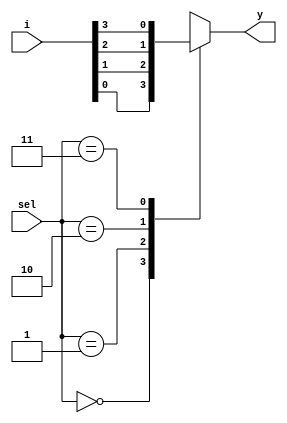
module mux41(i,sel,y);
input [3:0] i;
input [1:0] sel;
output reg y;
always@(*)
    begin
    case (sel)
    2'b00:y=i[0];
    2'b01:y=i[1];
    2'b10:y=i[2];
    2'b11:y=i[3];
    default:y=1'b0;
    endcase
    end
endmodule

module mux81(i,sel,y);
input [7:0] i;
input [2:0] sel;
output reg y;
wire y1,y2;

mux41 m1(i[3:0],sel[1:0],y1);
mux41 m2(i[7:4],sel[2:1],y2);

always@(*)
    begin
    if(sel==0)
    y=y1;
    else
    y=y2;
    end
    
endmodule